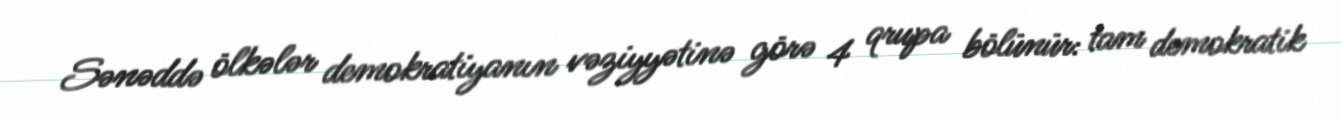
Sənəddə ölkələr demokratiyanın vəziyyətinə görə 4 qrupa bölünür: tam demokratik